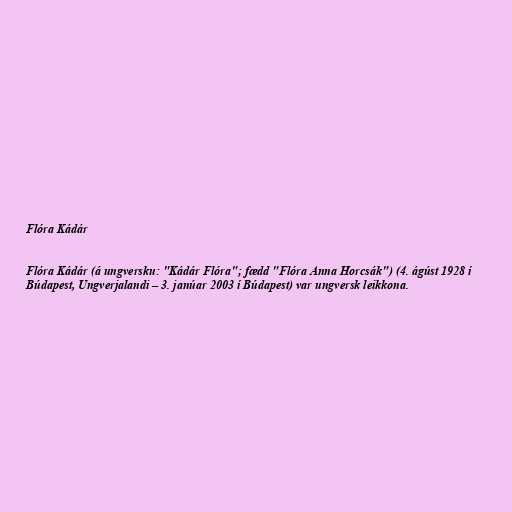
Flóra Kádár

Flóra Kádár (á ungversku: "Kádár Flóra"; fædd "Flóra Anna Horcsák") (4. ágúst 1928 í
Búdapest, Ungverjalandi – 3. janúar 2003 í Búdapest) var ungversk leikkona.